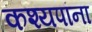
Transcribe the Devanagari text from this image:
कश्यपांना